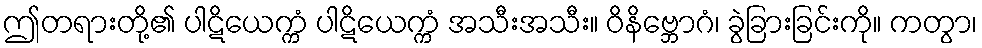
ဤတရားတို့၏ ပါဋိယေက္ကံ ပါဋိယေက္ကံ အသီးအသီး။ ဝိနိဗ္ဘောဂံ၊ ခွဲခြားခြင်းကို။ ကတွာ၊